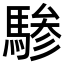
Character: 𬳯